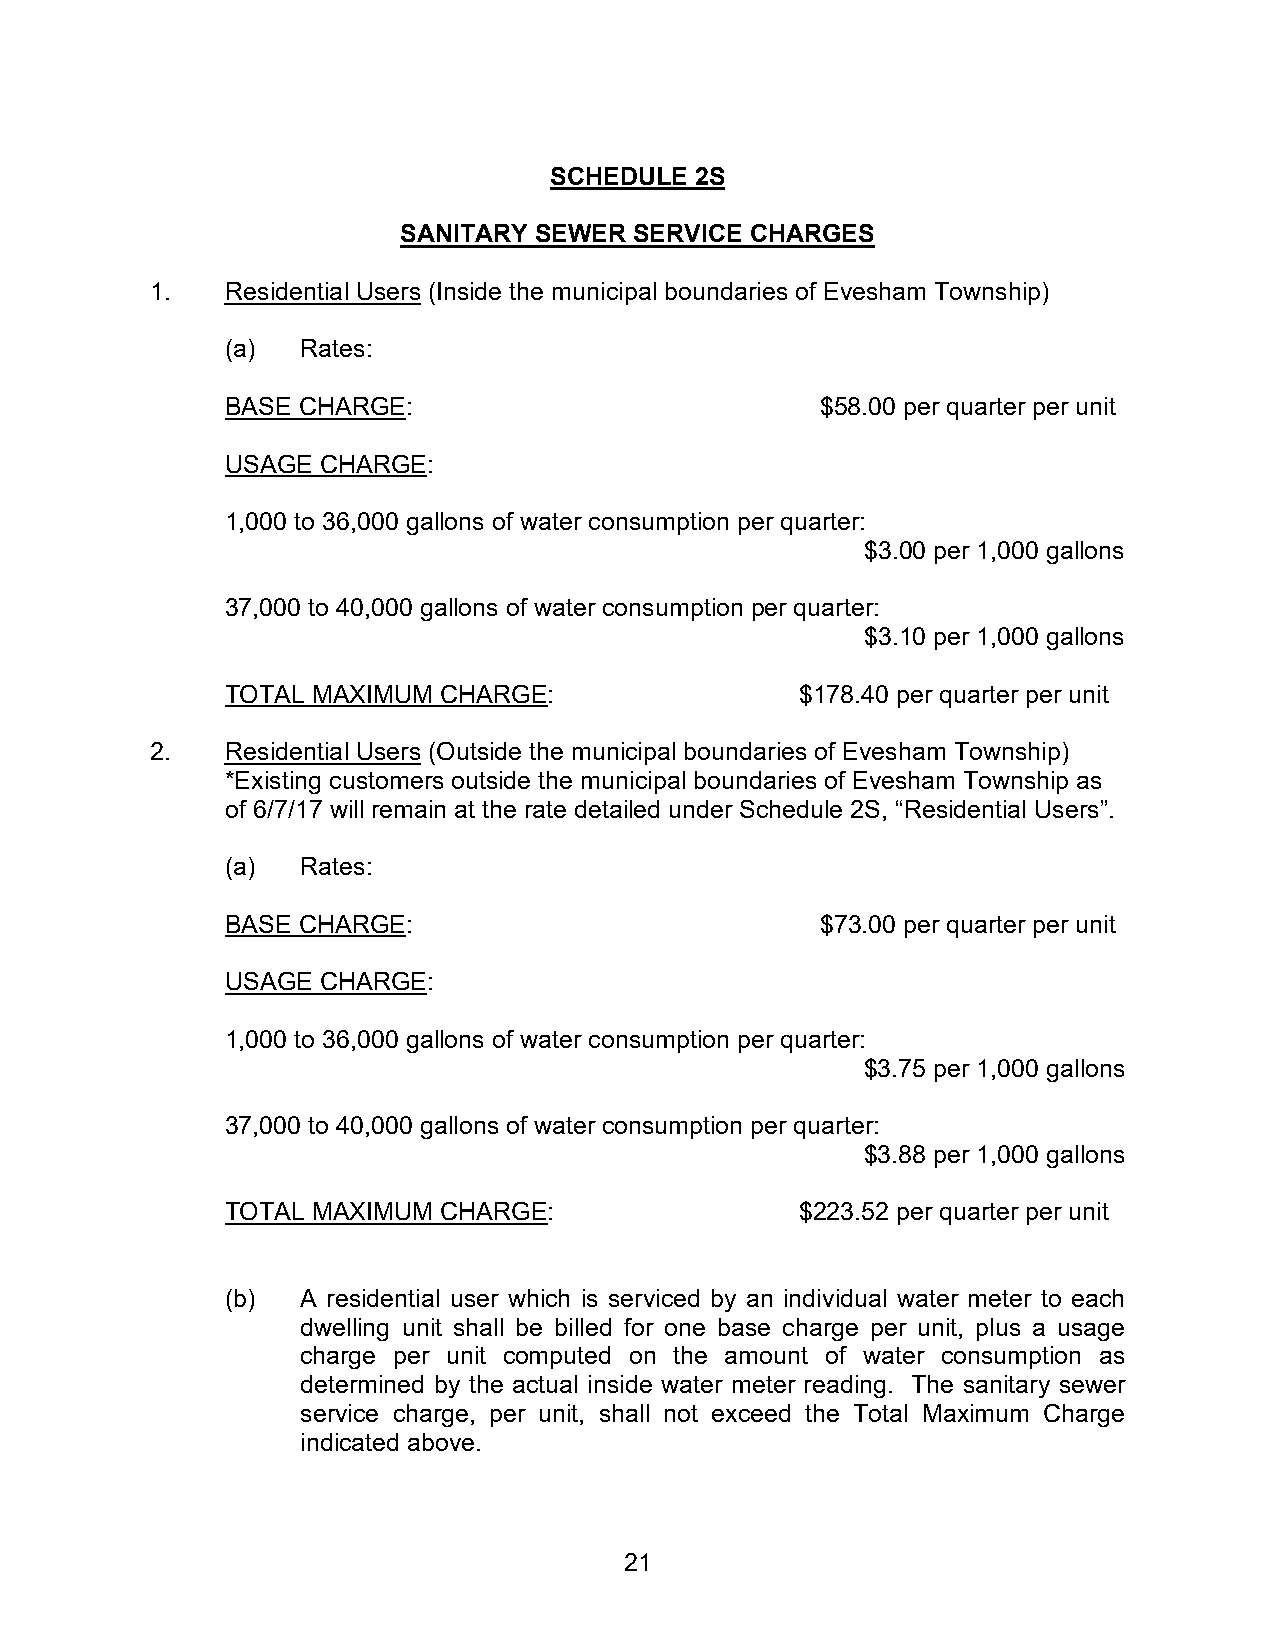
SCHEDULE  2S
 SANITARY SEWER  SERVICE CHARGES
 1.   Residential Users (Inside the municipal boundaries of Evesham Township)
 (a)  Rates:
 BASE CHARGE:                           $58.00 per quarter per unit
 USAGE CHARGE:
 1,000 to 36,000 gallons of water consumption per quarter:
 $3.00 per 1,000 gallons
 37,000 to 40,000 gallons of water consumption per quarter:
 $3.10 per 1,000 gallons
 TOTAL MAXIMUM CHARGE:                 $178.40 per quarter per unit
 2.   Residential Users (Outside the municipal boundaries of Evesham Township)
 *Existing customers outside the municipal boundaries of Evesham Township as
 of 6/7/17 will remain at the rate detailed under Schedule 2S, “Residential Users”.
 (a)  Rates:
 BASE CHARGE:                           $73.00 per quarter per unit
 USAGE CHARGE:
 1,000 to 36,000 gallons of water consumption per quarter:
 $3.75 per 1,000 gallons
 37,000 to 40,000 gallons of water consumption per quarter:
 $3.88 per 1,000 gallons
 TOTAL MAXIMUM CHARGE:                 $223.52 per quarter per unit
 (b)  A residential user which is serviced by an individual water meter to each
 dwelling unit shall be billed for one base charge per unit, plus a usage
 charge per unit computed on the amount of water consumption as
 determined by the actual inside water meter reading. The sanitary sewer
 service charge, per unit, shall not exceed the Total Maximum Charge
 indicated above.
 21